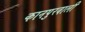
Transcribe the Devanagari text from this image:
कानपुरवाली